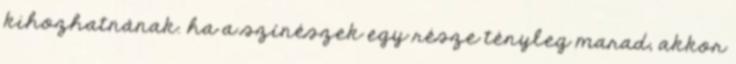
kihozhatnának. ha a színészek egy része tényleg marad, akkor